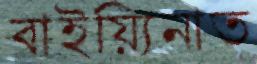
বাইয়্যিনাত